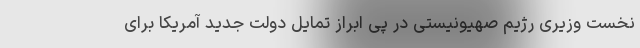
نخست وزیری رژیم صهیونیستی در پی ابراز تمایل دولت جدید آمریکا برای